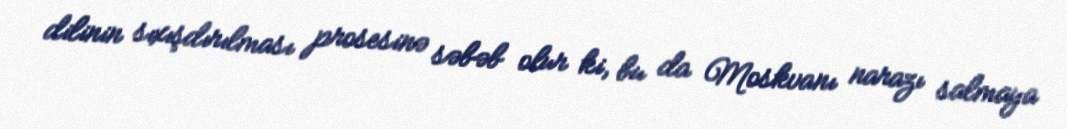
dilinin sıxışdırılması prosesinə səbəb olur ki, bu da Moskvanı narazı salmaya